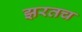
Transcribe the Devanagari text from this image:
झरतच